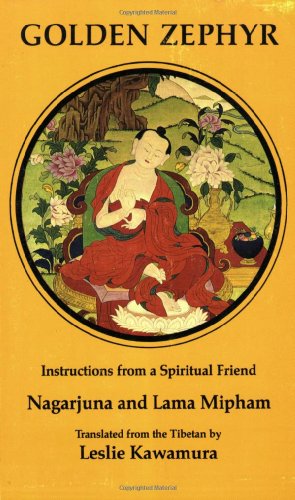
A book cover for Golden Zephyr (Tibetan Translations Ser, Vol 4); Nagarjuna; Religion & Spirituality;